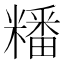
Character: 䊩